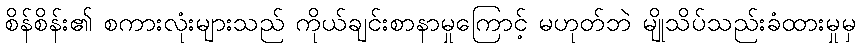
စိန်စိန်း၏ စကားလုံးများသည် ကိုယ်ချင်းစာနာမှုကြောင့် မဟုတ်ဘဲ မျိုသိပ်သည်းခံထားမှုမှ